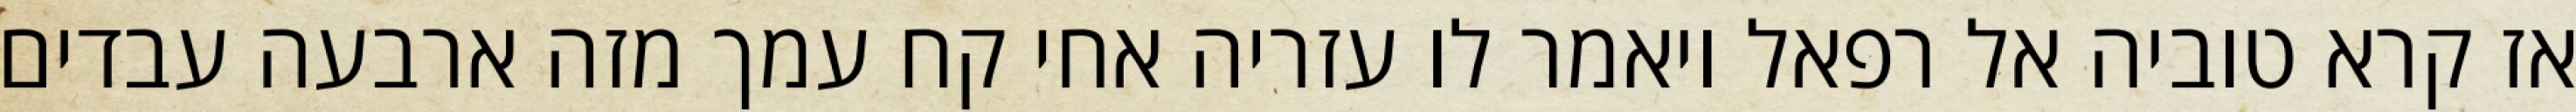
אז קרא טוביה אל רפאל ויאמר לו עזריה אחי קח עמך מזה ארבעה עבדים